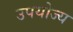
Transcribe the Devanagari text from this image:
उपयोज्य